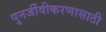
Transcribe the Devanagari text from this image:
पुनर्जीवीकरणासाठी